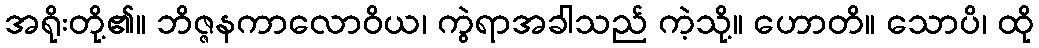
အရိုးတို့၏။ ဘိဇ္ဇနကာလောဝိယ၊ ကွဲရာအခါသည် ကဲ့သို့။ ဟောတိ။ သောပိ၊ ထို